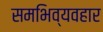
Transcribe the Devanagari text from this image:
समभिव्यवहार